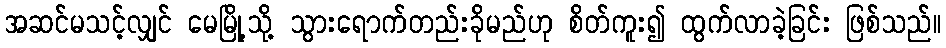
အဆင်မသင့်လျှင် မေမြို့သို့ သွားရောက်တည်းခိုမည်ဟု စိတ်ကူး၍ ထွက်လာခဲ့ခြင်း ဖြစ်သည်။